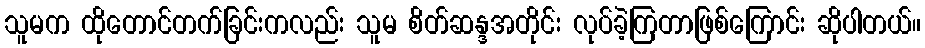
သူမက ထိုတောင်တက်ခြင်းကလည်း သူမ စိတ်ဆန္ဒအတိုင်း လုပ်ခဲ့ကြတာဖြစ်ကြောင်း ဆိုပါတယ်။